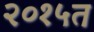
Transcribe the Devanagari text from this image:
२०१५त